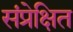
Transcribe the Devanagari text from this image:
संप्रेक्षित